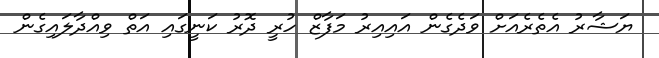
ޔަޝާރު އެތެރެއަށް ވަދެގެން އައިއިރު މަފާޒް ހުރީ ދޮރު ކަނީގައި އަތް ވިއްދާލައިގެން